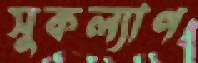
সুকল্যাণ